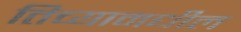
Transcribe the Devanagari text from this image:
तिच्यामधील